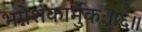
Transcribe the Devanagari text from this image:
भग्नेशकार्मुकः॥६॥